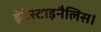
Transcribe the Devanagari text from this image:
इंटेस्टाइनैलिस।